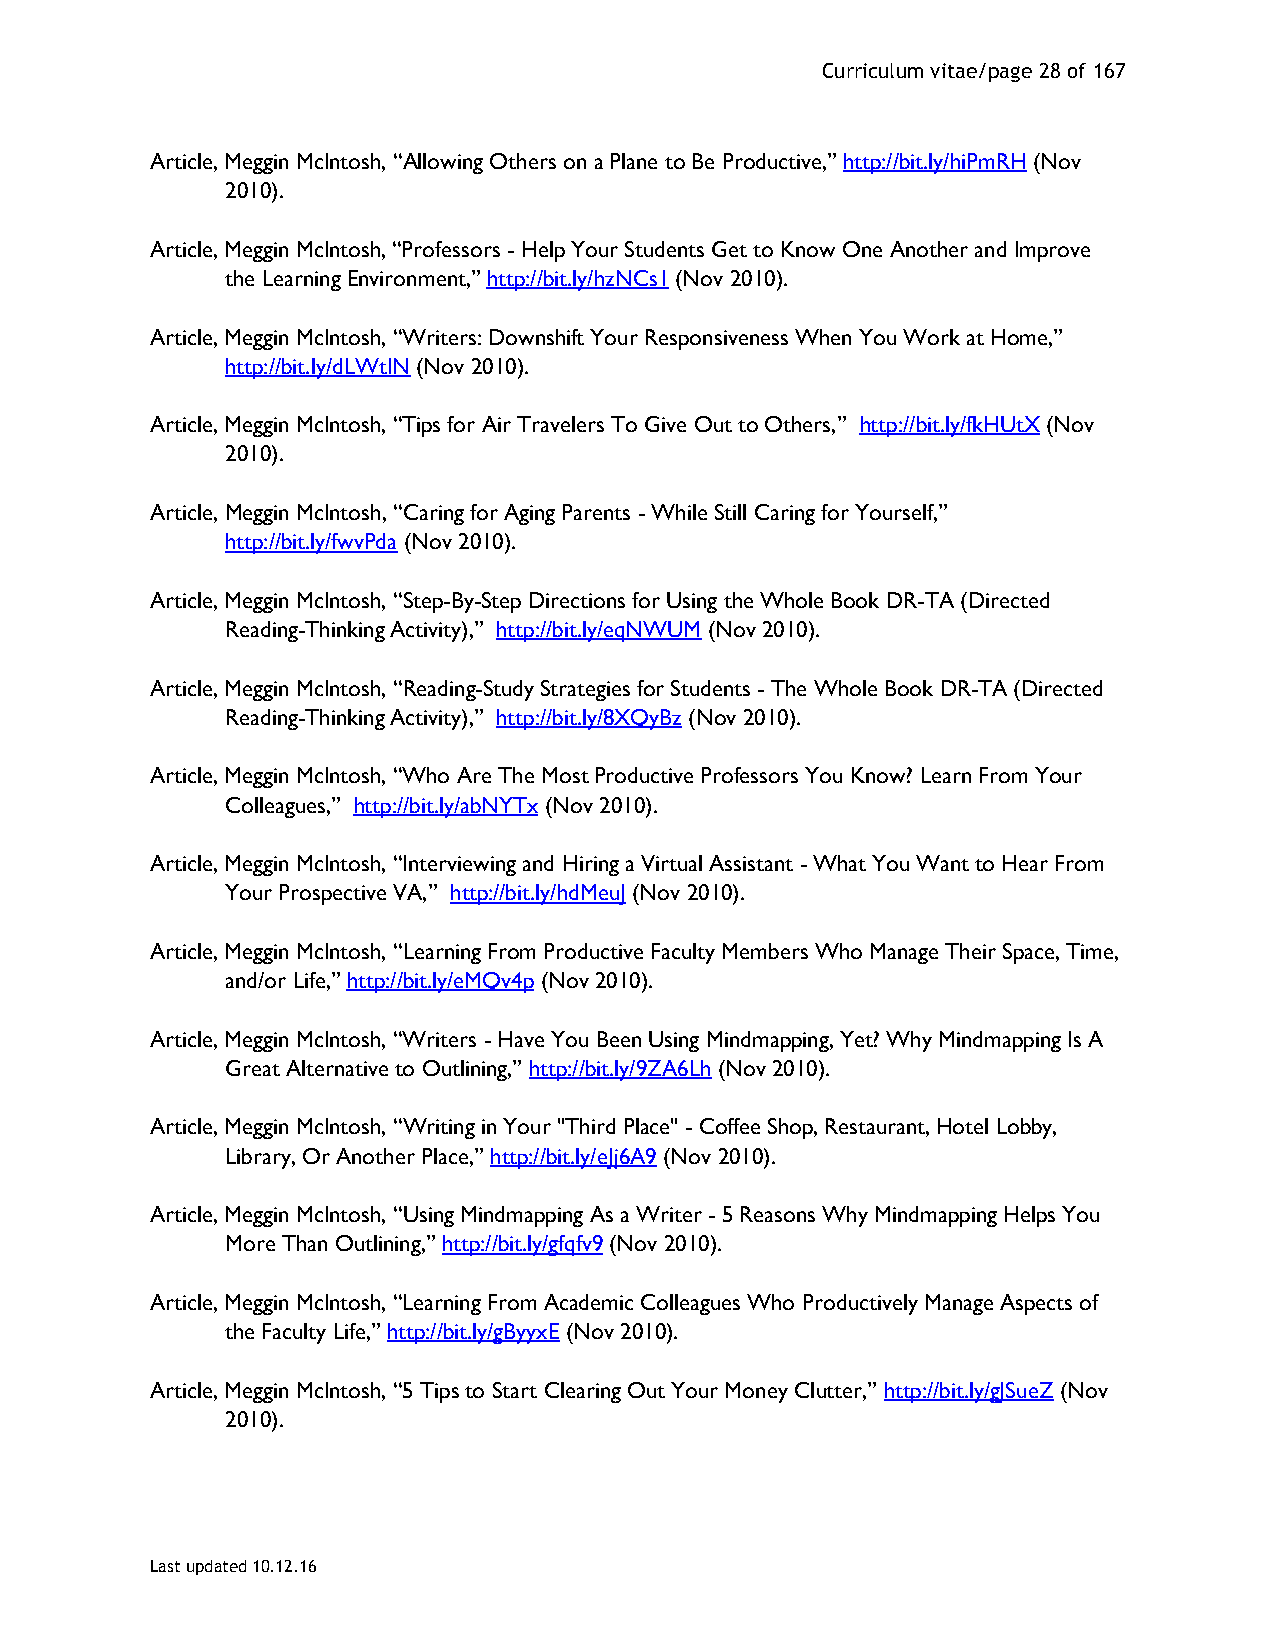
Curriculum vitae/page 28 of 167
 Article, Meggin McIntosh, “Allowing Others on a Plane to Be Productive,” http://bit.ly/hiPmRH (Nov
 2010).
 Article, Meggin McIntosh, “Professors - Help Your Students Get to Know One Another and Improve
 the Learning Environment,” http://bit.ly/hzNCs1 (Nov 2010).
 Article, Meggin McIntosh, “Writers: Downshift Your Responsiveness When You Work at Home,”
 http://bit.ly/dLWtIN (Nov 2010).
 Article, Meggin McIntosh, “Tips for Air Travelers To Give Out to Others,” http://bit.ly/fkHUtX (Nov
 2010).
 Article, Meggin McIntosh, “Caring for Aging Parents - While Still Caring for Yourself,”
 http://bit.ly/fwvPda (Nov 2010).
 Article, Meggin McIntosh, “Step-By-Step Directions for Using the Whole Book DR-TA (Directed
 Reading-Thinking Activity),” http://bit.ly/eqNWUM (Nov 2010).
 Article, Meggin McIntosh, “Reading-Study Strategies for Students - The Whole Book DR-TA (Directed
 Reading-Thinking Activity),” http://bit.ly/8XQyBz (Nov 2010).
 Article, Meggin McIntosh, “Who Are The Most Productive Professors You Know? Learn From Your
 Colleagues,” http://bit.ly/abNYTx (Nov 2010).
 Article, Meggin McIntosh, “Interviewing and Hiring a Virtual Assistant - What You Want to Hear From
 Your Prospective VA,” http://bit.ly/hdMeuJ (Nov 2010).
 Article, Meggin McIntosh, “Learning From Productive Faculty Members Who Manage Their Space, Time,
 and/or Life,” http://bit.ly/eMQv4p (Nov 2010).
 Article, Meggin McIntosh, “Writers - Have You Been Using Mindmapping, Yet? Why Mindmapping Is A
 Great Alternative to Outlining,” http://bit.ly/9ZA6Lh (Nov 2010).
 Article, Meggin McIntosh, “Writing in Your "Third Place" - Coffee Shop, Restaurant, Hotel Lobby,
 Library, Or Another Place,” http://bit.ly/eJj6A9 (Nov 2010).
 Article, Meggin McIntosh, “Using Mindmapping As a Writer - 5 Reasons Why Mindmapping Helps You
 More Than Outlining,” http://bit.ly/gfqfv9 (Nov 2010).
 Article, Meggin McIntosh, “Learning From Academic Colleagues Who Productively Manage Aspects of
 the Faculty Life,” http://bit.ly/gByyxE (Nov 2010).
 Article, Meggin McIntosh, “5 Tips to Start Clearing Out Your Money Clutter,” http://bit.ly/gJSueZ (Nov
 2010).
 Last updated 10.12.16